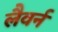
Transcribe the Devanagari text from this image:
लैवर्न